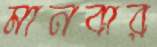
মানবার